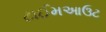
ટાઈમઆઉટ